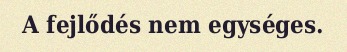
A fejlődés nem egységes.